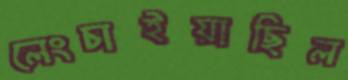
লেংচাইয়াছিল